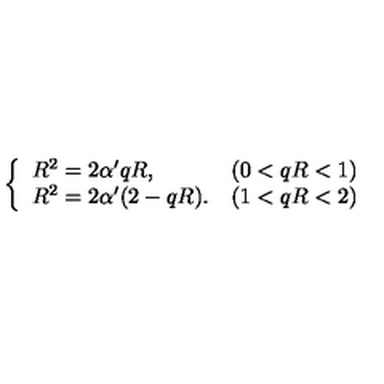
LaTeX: \left\{ \begin{array} { l l } { R ^ { 2 } = 2 \alpha ^ { \prime } q R , } & { ( 0 < q R < 1 ) } \\ { R ^ { 2 } = 2 \alpha ^ { \prime } ( 2 - q R ) . } & { ( 1 < q R < 2 ) } \\ \end{array} \right.